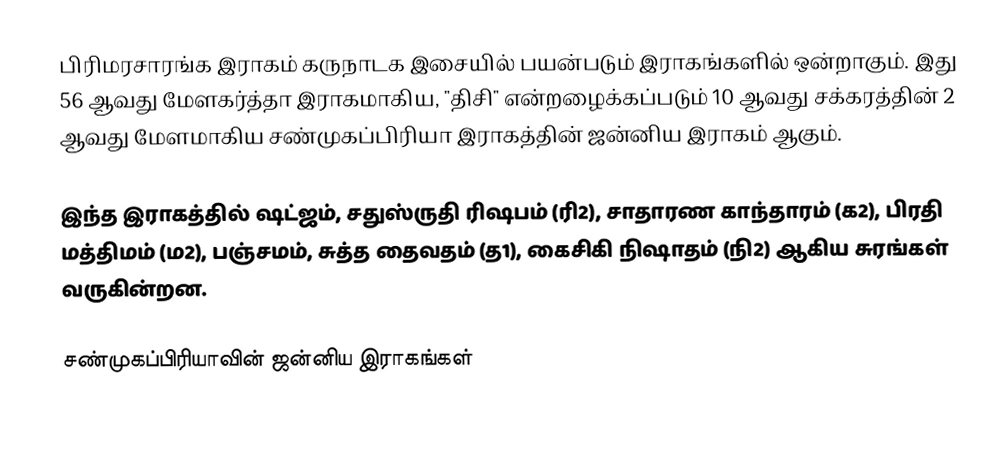
பிரிமரசாரங்க இராகம் கருநாடக இசையில் பயன்படும் இராகங்களில் ஒன்றாகும். இது 56 ஆவது மேளகர்த்தா இராகமாகிய, "திசி" என்றழைக்கப்படும் 10 ஆவது சக்கரத்தின் 2 ஆவது மேளமாகிய சண்முகப்பிரியா இராகத்தின் ஜன்னிய இராகம் ஆகும்.

இந்த இராகத்தில் ஷட்ஜம், சதுஸ்ருதி ரிஷபம் (ரி2),  சாதாரண காந்தாரம் (க2), பிரதி மத்திமம் (ம2), பஞ்சமம், சுத்த தைவதம் (த1), கைசிகி நிஷாதம்  (நி2) ஆகிய சுரங்கள் வருகின்றன.

சண்முகப்பிரியாவின் ஜன்னிய இராகங்கள்